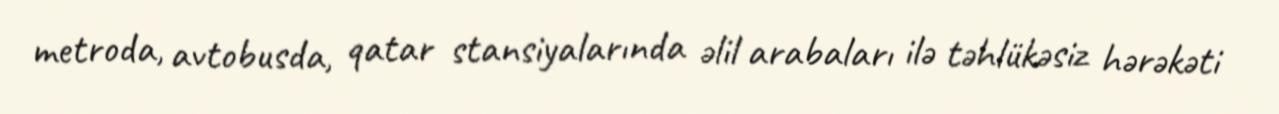
metroda, avtobusda, qatar stansiyalarında əlil arabaları ilə təhlükəsiz hərəkəti